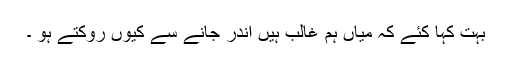
بہت کہا کِئے کہ میاں ہم غالب ہیں اندر جانے سے کیوں روکتے ہو ۔